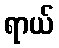
ရာယ်